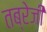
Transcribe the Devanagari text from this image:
तब्रेजी